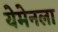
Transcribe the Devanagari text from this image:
येमेनला